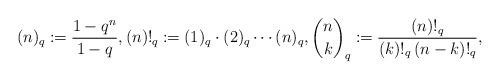
LaTeX: \begin{align*} (n)_q \coloneqq \frac{1-q^n}{1-q}, (n)!_q \coloneqq (1)_q \cdot (2)_q \cdots (n)_q, \binom{n}{k}_q \coloneqq\frac{(n)!_q}{(k)!_q\, (n-k)!_q},\end{align*}